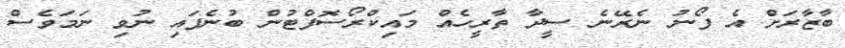
ބާޒާރަށް އެ ފޯނު ނެރޭނެ ސީދާ ތާރީހެއް މައިކްރޯސޮފްޓުން ބުނެފައި ނުވި ނަމަވެސް